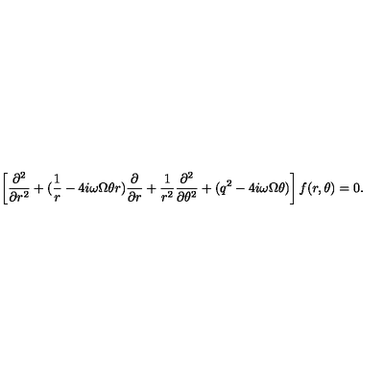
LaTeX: \left[ \frac { \partial ^ { 2 } } { \partial r ^ { 2 } } + ( \frac { 1 } { r } - 4 i \omega \Omega \theta r ) \frac { \partial } { \partial r } + \frac { 1 } { r ^ { 2 } } \frac { \partial ^ { 2 } } { \partial \theta ^ { 2 } } + ( q ^ { 2 } - 4 i \omega \Omega \theta ) \right] f ( r , \theta ) = 0 .